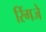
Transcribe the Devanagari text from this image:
रिंगजे